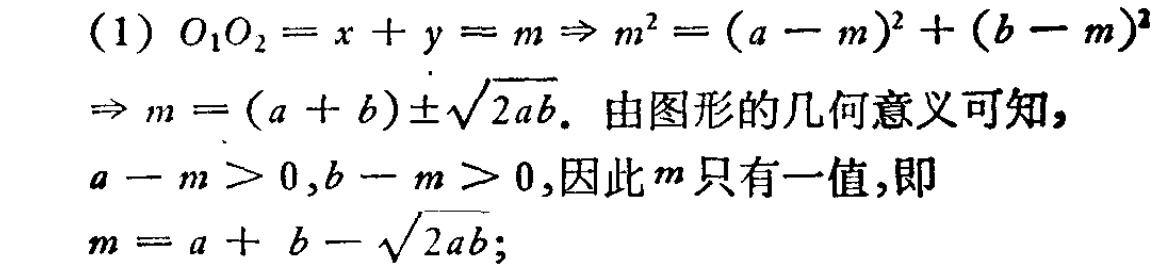
(1) \(O_{1}O_{2}=x + y = m\Rightarrow m^{2}=(a - m)^{2}+(b - m)^{2}\)
\(\Rightarrow m=(a + b)\pm\sqrt{2ab}\). 由图形的几何意义可知,
\(a - m>0,b - m>0\),因此\(m\)只有一值,即
\(m=a + b-\sqrt{2ab}\);